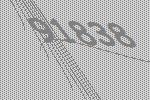
91838